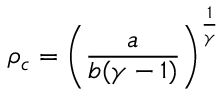
\rho _ { c } = \left( \frac { a } { b ( \gamma - 1 ) } \right) ^ { \frac { 1 } { \gamma } }